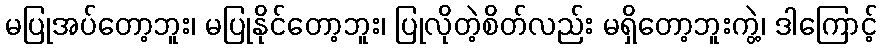
မပြုအပ်တော့ဘူး၊ မပြုနိုင်တော့ဘူး၊ ပြုလိုတဲ့စိတ်လည်း မရှိတော့ဘူးကွဲ့၊ ဒါကြောင့်